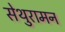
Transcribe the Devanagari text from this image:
सेथुरामन